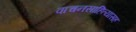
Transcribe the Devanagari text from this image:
वाचनसाहित्यासह